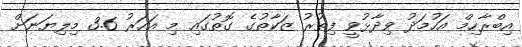
އިބްރާހިމް އަހުމަދު ވިދާޅުވީ ފިތުރު ޒަކާތުގެ ގޮތުގައި މި އަހަރު 3.6 މިލިޔަނަށް